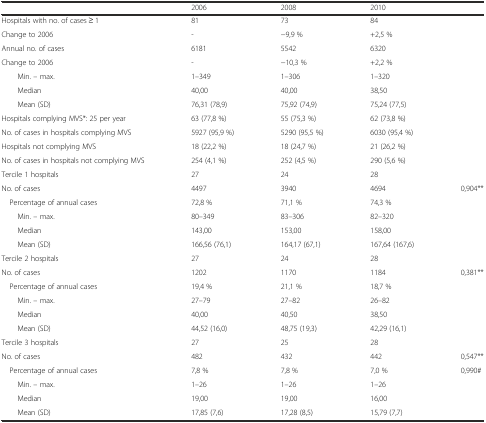
<table><thead><tr><td></td><td><b>2006</b></td><td><b>2008</b></td><td><b>2010</b></td><td></td></tr></thead><tbody><tr><td>Hospitals with no. of cases ≥ 1</td><td>81</td><td>73</td><td>84</td><td></td></tr><tr><td>Change to 2006</td><td>-</td><td>−9,9 %</td><td>+2,5 %</td><td></td></tr><tr><td>Annual no. of cases</td><td>6181</td><td>5542</td><td>6320</td><td></td></tr><tr><td>Change to 2006</td><td>-</td><td>−10,3 %</td><td>+2,2 %</td><td></td></tr><tr><td>Min. – max.</td><td>1–349</td><td>1–306</td><td>1–320</td><td></td></tr><tr><td>Median</td><td>40,00</td><td>40,00</td><td>38,50</td><td></td></tr><tr><td>Mean (SD)</td><td>76,31 (78,9)</td><td>75,92 (74,9)</td><td>75,24 (77,5)</td><td></td></tr><tr><td>Hospitals complying MVS*: 25 per year</td><td>63 (77,8 %)</td><td>55 (75,3 %)</td><td>62 (73,8 %)</td><td></td></tr><tr><td>No. of cases in hospitals complying MVS</td><td>5927 (95,9 %)</td><td>5290 (95,5 %)</td><td>6030 (95,4 %)</td><td></td></tr><tr><td>Hospitals not complying MVS</td><td>18 (22,2 %)</td><td>18 (24,7 %)</td><td>21 (26,2 %)</td><td></td></tr><tr><td>No. of cases in hospitals not complying MVS</td><td>254 (4,1 %)</td><td>252 (4,5 %)</td><td>290 (5,6 %)</td><td></td></tr><tr><td>Tercile 1 hospitals</td><td>27</td><td>24</td><td>28</td><td></td></tr><tr><td>No. of cases</td><td>4497</td><td>3940</td><td>4694</td><td>0,904**</td></tr><tr><td> Percentage of annual cases</td><td>72,8 %</td><td>71,1 %</td><td>74,3 %</td><td></td></tr><tr><td>Min. – max.</td><td>80–349</td><td>83–306</td><td>82–320</td><td></td></tr><tr><td>Median</td><td>143,00</td><td>153,00</td><td>158,00</td><td></td></tr><tr><td>Mean (SD)</td><td>166,56 (76,1)</td><td>164,17 (67,1)</td><td>167,64 (167,6)</td><td></td></tr><tr><td>Tercile 2 hospitals</td><td>27</td><td>24</td><td>28</td><td></td></tr><tr><td>No. of cases</td><td>1202</td><td>1170</td><td>1184</td><td>0,381**</td></tr><tr><td> Percentage of annual cases</td><td>19,4 %</td><td>21,1 %</td><td>18,7 %</td><td></td></tr><tr><td>Min. – max.</td><td>27–79</td><td>27–82</td><td>26–82</td><td></td></tr><tr><td>Median</td><td>40,00</td><td>40,50</td><td>38,50</td><td></td></tr><tr><td>Mean (SD)</td><td>44,52 (16,0)</td><td>48,75 (19,3)</td><td>42,29 (16,1)</td><td></td></tr><tr><td>Tercile 3 hospitals</td><td>27</td><td>25</td><td>28</td><td></td></tr><tr><td>No. of cases</td><td>482</td><td>432</td><td>442</td><td>0,547**</td></tr><tr><td> Percentage of annual cases</td><td>7,8 %</td><td>7,8 %</td><td>7,0 %</td><td>0,990#</td></tr><tr><td>Min. – max.</td><td>1–26</td><td>1–26</td><td>1–26</td><td></td></tr><tr><td>Median</td><td>19,00</td><td>19,00</td><td>16,00</td><td></td></tr><tr><td>Mean (SD)</td><td>17,85 (7,6)</td><td>17,28 (8,5)</td><td>15,79 (7,7)</td><td></td></tr></tbody></table>